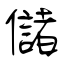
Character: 儲